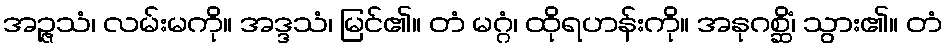
အဉ္ဇသံ၊ လမ်းမကို။ အဒ္ဒသံ၊ မြင်၏။ တံ မဂ္ဂံ၊ ထိုရဟန်းကို။ အနုဂစ္ဆိံ၊ သွား၏။ တံ